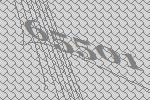
65501